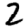
Digit: 2